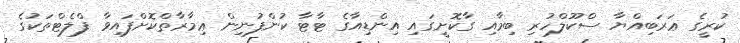
ކުރީގެ ޢަރަބިއްޔާ ސްކޫލްހުރި ބިމާއި ގާކޮށީގައި އިންޑިއާގެ ޓާޓާ ކުންފުނިން ޢިމާރާތްކޮށްފައިވާ ފްލެޓްތަކުގެ